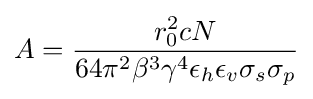
A={\frac {r_{0}^{2}cN}{64\pi ^{2}\beta ^{3}\gamma ^{4}\epsilon _{h}\epsilon _{v}\sigma _{s}\sigma _{p}}}